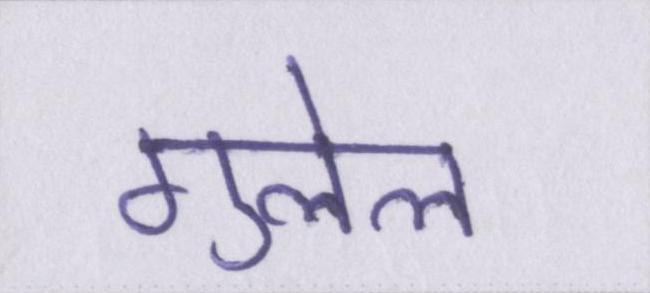
गुलेल